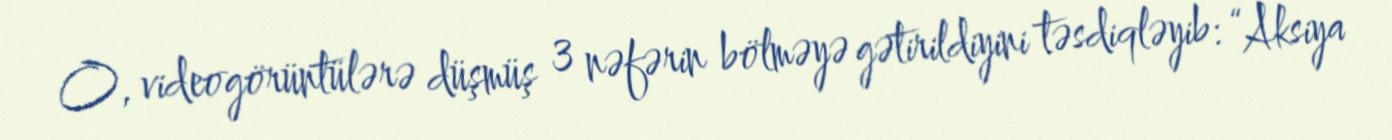
O, videogörüntülərə düşmüş 3 nəfərin bölməyə gətirildiyini təsdiqləyib: “Aksiya